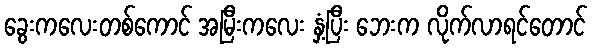
ခွေးကလေးတစ်ကောင် အမြီးကလေး နှံ့ပြီး ဘေးက လိုက်လာရင်တောင်